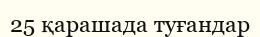
25 қарашада туғандар